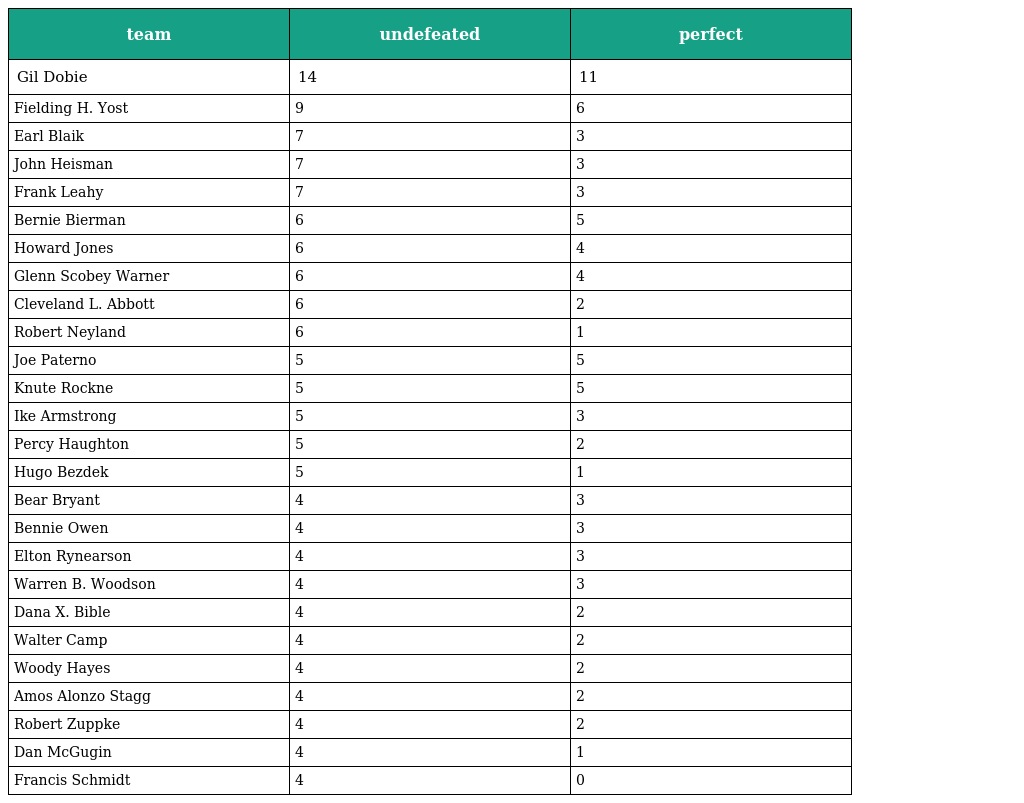
| team | undefeated | perfect |
 | --- | --- | --- |
 | Gil Dobie | 14 | 11 |
 | Fielding H. Yost | 9 | 6 |
 | Earl Blaik | 7 | 3 |
 | John Heisman | 7 | 3 |
 | Frank Leahy | 7 | 3 |
 | Bernie Bierman | 6 | 5 |
 | Howard Jones | 6 | 4 |
 | Glenn Scobey Warner | 6 | 4 |
 | Cleveland L. Abbott | 6 | 2 |
 | Robert Neyland | 6 | 1 |
 | Joe Paterno | 5 | 5 |
 | Knute Rockne | 5 | 5 |
 | Ike Armstrong | 5 | 3 |
 | Percy Haughton | 5 | 2 |
 | Hugo Bezdek | 5 | 1 |
 | Bear Bryant | 4 | 3 |
 | Bennie Owen | 4 | 3 |
 | Elton Rynearson | 4 | 3 |
 | Warren B. Woodson | 4 | 3 |
 | Dana X. Bible | 4 | 2 |
 | Walter Camp | 4 | 2 |
 | Woody Hayes | 4 | 2 |
 | Amos Alonzo Stagg | 4 | 2 |
 | Robert Zuppke | 4 | 2 |
 | Dan McGugin | 4 | 1 |
 | Francis Schmidt | 4 | 0 |